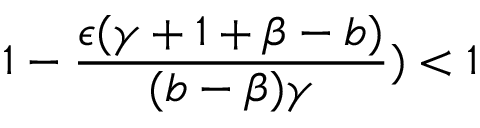
1 - \frac { \epsilon ( \gamma + 1 + \beta - b ) } { ( b - \beta ) \gamma } ) < 1